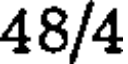
48/4